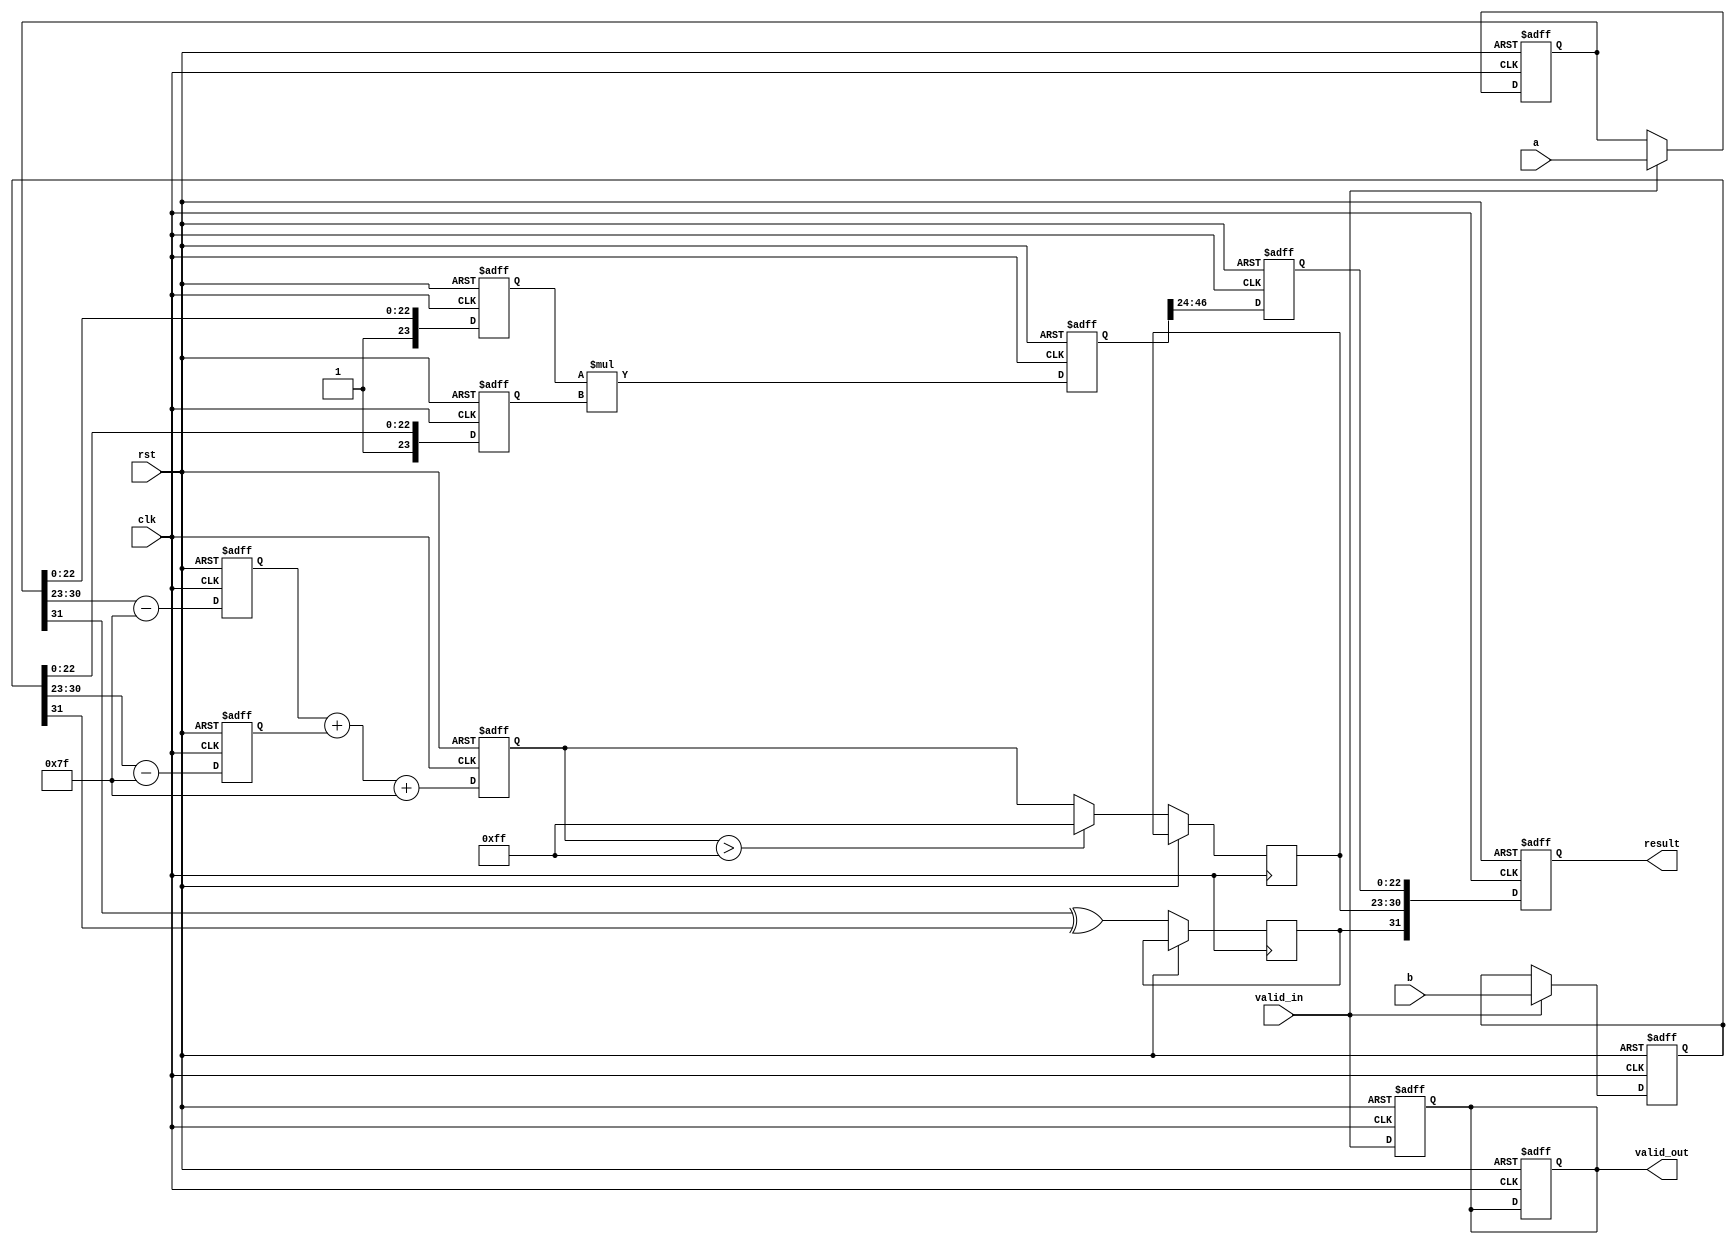
module pipelined_fp_multiplier(
    input wire clk,
    input wire rst,
    input wire valid_in,
    input wire [31:0] a, // first floating-point input
    input wire [31:0] b, // second floating-point input
    output reg valid_out,
    output reg [31:0] result // output floating-point result
);

// Internal signals and registers
reg [31:0] stage1_a, stage1_b; // Input Stage
reg [7:0] stage2_exp_a, stage2_exp_b; // Exponent Stage
reg [23:0] stage2_mant_a, stage2_mant_b; // Mantissa Stage
reg [47:0] stage3_mant_result; // Multiplier Stage
reg [7:0] stage4_exp_result; // Exponent Calculation Stage
reg [23:0] stage5_mant_final; // Normalization Output Stage
reg sign_result; // Result sign
reg [7:0] exp_result; // Result exponent

// Input Stage
always @(posedge clk or posedge rst) begin
    if (rst) begin
        stage1_a <= 0;
        stage1_b <= 0;
        valid_out <= 0;
    end else if (valid_in) begin
        stage1_a <= a;
        stage1_b <= b;
    end
end

// Normalization Stage
always @(posedge clk or posedge rst) begin
    if (rst) begin
        stage2_exp_a <= 0;
        stage2_exp_b <= 0;
        stage2_mant_a <= 0;
        stage2_mant_b <= 0;
    end else begin
        stage2_exp_a <= stage1_a[30:23] - 127; // unpack exponent and adjust for bias
        stage2_exp_b <= stage1_b[30:23] - 127;
        stage2_mant_a <= {1'b1, stage1_a[22:0]}; // normalize mantissa (implicit leading 1)
        stage2_mant_b <= {1'b1, stage1_b[22:0]};
    end
end

// Multiplication Stage
always @(posedge clk or posedge rst) begin
    if (rst) begin
        stage3_mant_result <= 0;
    end else begin
        stage3_mant_result <= stage2_mant_a * stage2_mant_b; // multiply mantissas
    end
end

// Exponent Calculation Stage
always @(posedge clk or posedge rst) begin
    if (rst) begin
        stage4_exp_result <= 0;
    end else begin
        stage4_exp_result <= stage2_exp_a + stage2_exp_b + 127; // add exponents and adjust bias
    end
end

// Normalization Output Stage
always @(posedge clk or posedge rst) begin
    if (rst) begin
        stage5_mant_final <= 0;
    end else begin
        // Right shift normalization, not implementing full normalization logic for simplicity
        stage5_mant_final <= stage3_mant_result[47:24]; // Taking top 24 bits for result mantissa
    end
end

// Output Stage
always @(posedge clk or posedge rst) begin
    if (rst) begin
        result <= 0;
        valid_out <= 0;
    end else begin
        // Combine the sign and results
        sign_result <= stage1_a[31] ^ stage1_b[31]; // output sign
        exp_result <= stage4_exp_result > 255 ? 8'b11111111 : stage4_exp_result; // clamp max exponent
        result <= {sign_result, exp_result[7:0], stage5_mant_final[22:0]};
        valid_out <= valid_in; // indicating output is valid
    end
end

endmodule